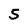
Character: 5